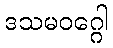
ဒသမဝဂ္ဂေါ